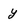
Character: y